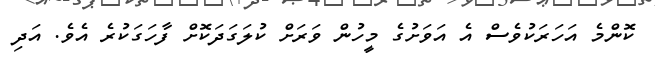
ކޮންމެ އަހަރަކުވެސް އެ އަވަށުގެ މީހުން ވަރަށް ކުލަގަދަކޮށް ފާހަގަކުރެ އެވެ. އަދި